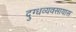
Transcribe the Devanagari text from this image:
दुग्धव्यवसायास